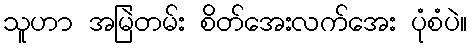
သူဟာ အမြဲတမ်း စိတ်အေးလက်အေး ပုံစံပဲ။